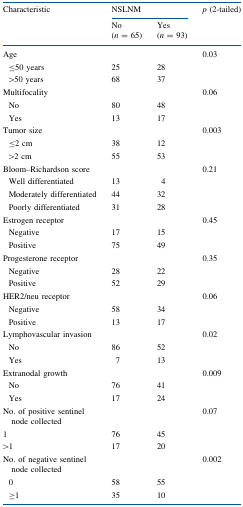
| <ROWSPAN=2> Characteristic | <COLSPAN=2> NSLNM | p (2-tailed) |
 | No (n = 65) | Yes (n = 93) |  |
 | --- | --- | --- | --- |
 | Age |  |  | 0.03 |
 | ≤50 years | 25 | 28 |  |
 | >50 years | 68 | 37 |  |
 | Multifocality |  |  | 0.06 |
 | No | 80 | 48 |  |
 | Yes | 13 | 17 |  |
 | Tumor size |  |  | 0.003 |
 | ≤2 cm | 38 | 12 |  |
 | >2 cm | 55 | 53 |  |
 | Bloom–Richardson score |  |  | 0.21 |
 | Well differentiated | 13 | 4 |  |
 | Moderately differentiated | 44 | 32 |  |
 | Poorly differentiated | 31 | 28 |  |
 | Estrogen receptor |  |  | 0.45 |
 | Negative | 17 | 15 |  |
 | Positive | 75 | 49 |  |
 | Progesterone receptor |  |  | 0.35 |
 | Negative | 28 | 22 |  |
 | Positive | 52 | 29 |  |
 | HER2/neu receptor |  |  | 0.06 |
 | Negative | 58 | 34 |  |
 | Positive | 13 | 17 |  |
 | Lymphovascular invasion |  |  | 0.02 |
 | No | 86 | 52 |  |
 | Yes | 7 | 13 |  |
 | Extranodal growth |  |  | 0.009 |
 | No | 76 | 41 |  |
 | Yes | 17 | 24 |  |
 | No. of positive sentinel node collected |  |  | 0.07 |
 | 1 | 76 | 45 |  |
 | >1 | 17 | 20 |  |
 | No. of negative sentinel node collected |  |  | 0.002 |
 | 0 | 58 | 55 |  |
 | ≥1 | 35 | 10 |  |